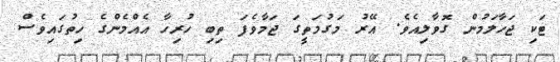
ޓަކި ޖަހާލަމުން ގޮވާލިއެވެ. އޭރު މަގުމަތީގަ ޖަމާވެފަ ތިބި ހުރިހާ އެއްމެންގެ ހިތުގައިވެސް